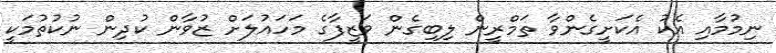
ނިމުމާއި އެކު އެކަށީގެންވާ ތަމްރީން ލިބިގެން ވަޒީފާގެ މަހައުލަށް ޒުވާން ކުދިން ނުކުތުމަކީ